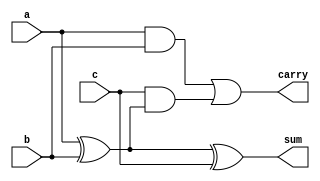
module full_adder(
input a, 
input b,
input c,
output sum,
output carry
);

assign sum=a^b^c;
assign carry=(a & b) | (c&(a^b));

endmodule